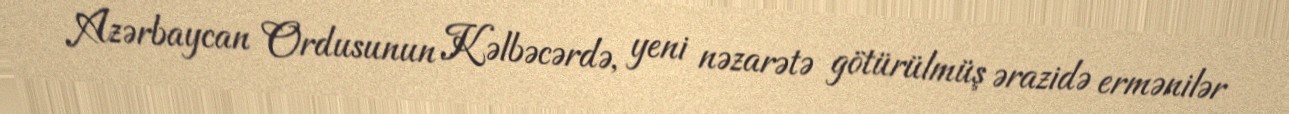
Azərbaycan Ordusunun Kəlbəcərdə, yeni nəzarətə götürülmüş ərazidə ermənilər